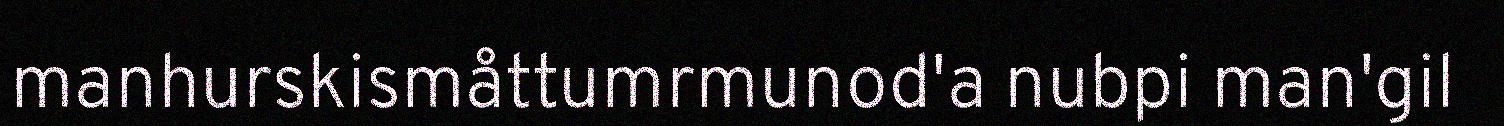
manhurskismåttumrmunod'a nubpi man'gil